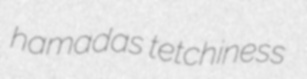
hamadas tetchiness